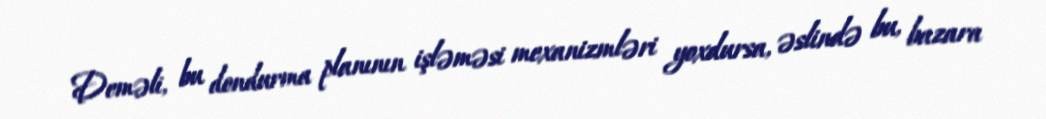
Deməli, bu dondurma planının işləməsi mexanizmləri yoxdursa, əslində bu, bazara